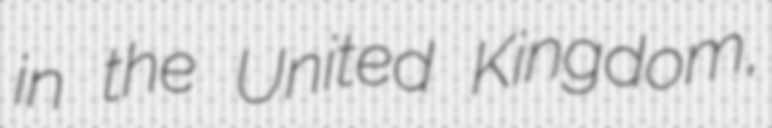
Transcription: in the United Kingdom,